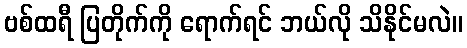
ဗစ်ထရီ ပြတိုက်ကို ရောက်ရင် ဘယ်လို သိနိုင်မလဲ။